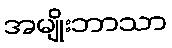
အမျိုးဘာသာ